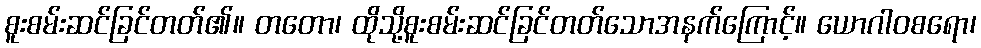
စူးစမ်းဆင်ခြင်တတ်၏။ တတော၊ ထိုသို့စူးစမ်းဆင်ခြင်တတ်သောအနက်ကြောင့်။ ယောဂါဝစရော၊